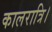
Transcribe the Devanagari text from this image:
कालरात्रि।